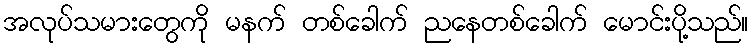
အလုပ်သမားတွေကို မနက် တစ်ခေါက် ညနေတစ်ခေါက် မောင်းပို့သည်။